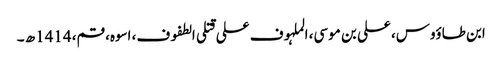
ابن طاؤوس، علی بن موسی، الملہوف علی قتلی الطفوف، اسوہ، قم، 1414ھ ۔